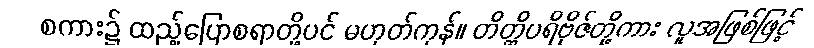
စကား၌ ထည့်ပြောစရာတို့ပင် မဟုတ်ကုန်။ တိတ္ထိပရိဗိုဇ်တို့ကား လူအဖြစ်ဖြင့်